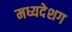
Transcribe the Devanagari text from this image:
मध्यदेशग